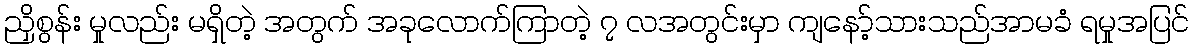
ညှိစွန်း မှုလည်း မရှိတဲ့ အတွက် အခုလောက်ကြာတဲ့ ၇ လအတွင်းမှာ ကျနော့်သားသည်အာမခံ ရမှုအပြင်